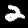
Digit: 2